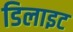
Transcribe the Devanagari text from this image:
डिलाइट